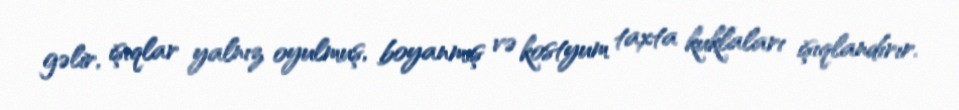
gəlir, işıqlar yalnız oyulmuş, boyanmış və kostyum taxta kuklaları işıqlandırır.